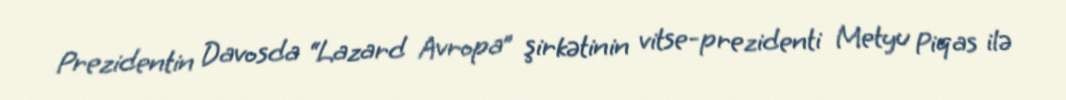
Prezidentin Davosda “Lazard Avropa” şirkətinin vitse-prezidenti Metyu Piqas ilə